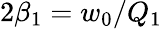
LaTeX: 2\beta_{1}=w_{0}/Q_{1}